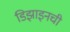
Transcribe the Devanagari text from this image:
डिझाइनची